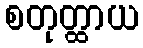
စတုတ္ထာယ